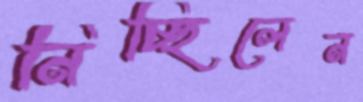
নিচ্ছিলেন